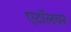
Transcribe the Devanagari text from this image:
एटॉलवर